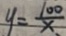
y = \frac { 1 0 0 } { x }